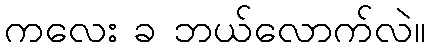
ကလေး ခ ဘယ်လောက်လဲ။